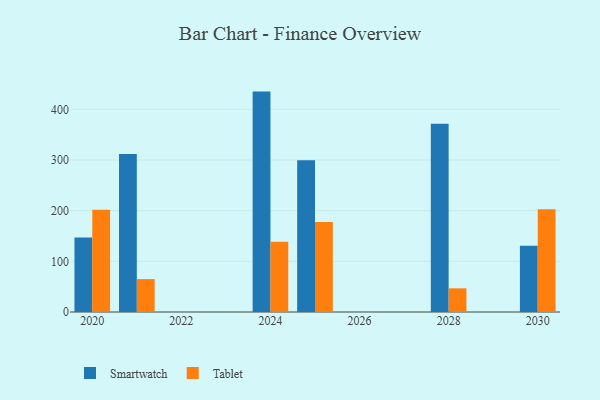
{"axis": {"x": "Year", "y": "Demand Index"}, "legend": ["Smartwatch", "Tablet"], "data": [{"x": "2028", "y": 371.3, "type": "Smartwatch"}, {"x": "2028", "y": 46.7, "type": "Tablet"}, {"x": "2024", "y": 435.0, "type": "Smartwatch"}, {"x": "2024", "y": 138.6, "type": "Tablet"}, {"x": "2021", "y": 311.9, "type": "Smartwatch"}, {"x": "2021", "y": 64.9, "type": "Tablet"}, {"x": "2025", "y": 299.7, "type": "Smartwatch"}, {"x": "2025", "y": 177.7, "type": "Tablet"}, {"x": "2030", "y": 131.0, "type": "Smartwatch"}, {"x": "2030", "y": 202.9, "type": "Tablet"}, {"x": "2020", "y": 147.0, "type": "Smartwatch"}, {"x": "2020", "y": 201.7, "type": "Tablet"}]}